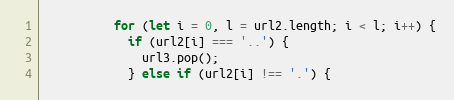
Language: JavaScript
          for (let i = 0, l = url2.length; i < l; i++) {
            if (url2[i] === '..') {
              url3.pop();
            } else if (url2[i] !== '.') {